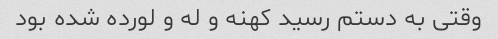
وقتی به دستم رسید کهنه و له و لورده شده بود